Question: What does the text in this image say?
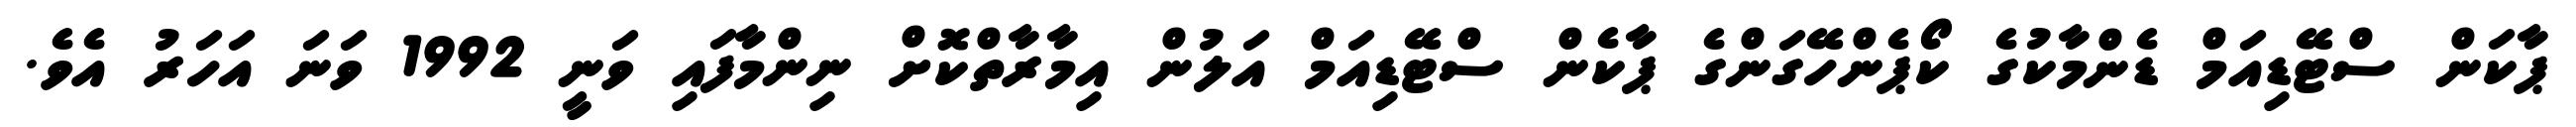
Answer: ޕާކަން ސްޓޭޑިއަމް ޑެންމާކުގެ ކޯޕެންހޭގަންގެ ޕާކެން ސްޓޭޑިއަމް އަލުން އިމާރާތްކޮށް ނިންމާފައި ވަނީ 1992 ވަނަ އަހަރު އެވެ.